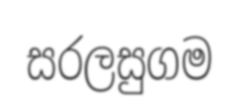
සරලසුගම